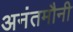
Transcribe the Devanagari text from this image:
अनंतमौनी